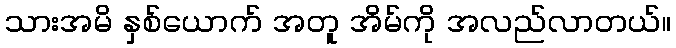
သားအမိ နှစ်ယောက် အတူ အိမ်ကို အလည်လာတယ်။